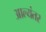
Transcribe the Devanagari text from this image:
आल्यंतर